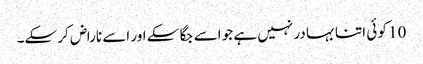
10 کو ئی اتنا بہا در نہیں ہے جو اسے جگا سکے اور اسے ناراض کر سکے۔